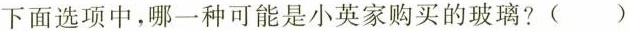
下面选项中，哪一种可能是小英家购买的玻璃?( )